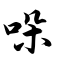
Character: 哚